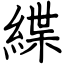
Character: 緤